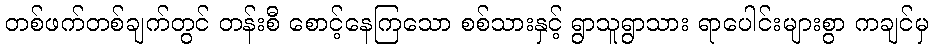
တစ်ဖက်တစ်ချက်တွင် တန်းစီ စောင့်နေကြသော စစ်သားနှင့် ရွာသူရွာသား ရာပေါင်းများစွာ ကချင်မှ